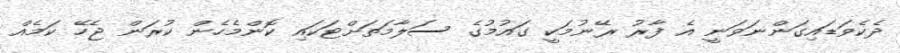
ދެކެވަޑައިގަންނަވަނީ އެ ފާރު ރޭނުމަކީ ގައުމުގެ ސަލާމަތަށްޓަކައި ކޮންމެހެން ކުރަން ޖެހޭ ކަމެއް